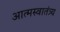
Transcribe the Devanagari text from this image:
आत्मस्वातंत्र्य